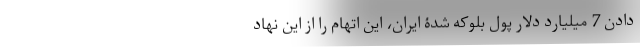
دادن 7 میلیارد دلار پول بلوکه شدۀ ایران، این اتهام را از این نهاد